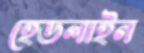
হেডলাইন